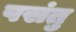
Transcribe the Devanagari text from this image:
पसंतु